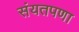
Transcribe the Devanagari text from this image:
संयतपणा